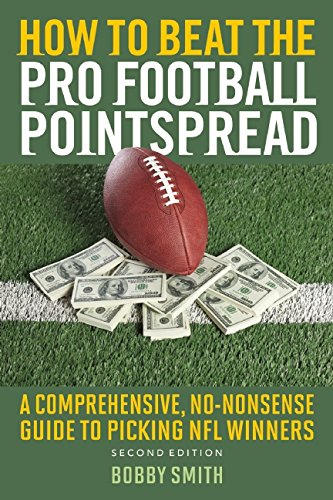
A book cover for How to Beat the Pro Football Pointspread: A Comprehensive, No-Nonsense Guide to Picking NFL Winners; Bobby Smith; Humor & Entertainment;